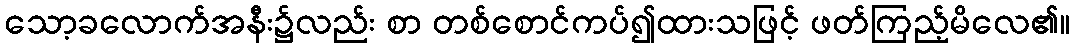
သော့ခလောက်အနီး၌လည်း စာ တစ်စောင်ကပ်၍ထားသဖြင့် ဖတ်ကြည့်မိလေ၏။